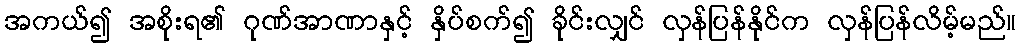
အကယ်၍ အစိုးရ၏ ဂုဏ်အာဏာနှင့် နှိပ်စက်၍ ခိုင်းလျှင် လှန်ပြန်နိုင်က လှန်ပြန်လိမ့်မည်။